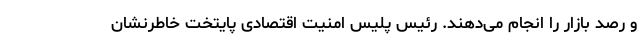
و رصد بازار را انجام می‌دهند. رئیس پلیس امنیت اقتصادی پایتخت خاطرنشان